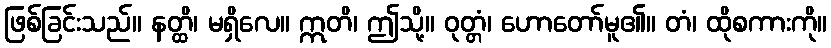
ဖြစ်ခြင်းသည်။ နတ္ထိ၊ မရှိလေ။ ဣတိ၊ ဤသို့။ ဝုတ္တံ၊ ဟောတော်မူ၏။ တံ၊ ထိုစကားကို။